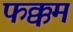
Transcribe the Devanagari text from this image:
फक्कम